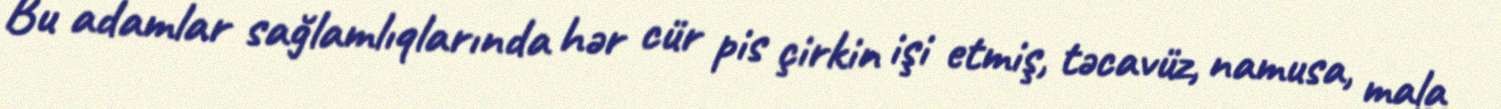
Bu adamlar sağlamlıqlarında hər cür pis çirkin işi etmiş, təcavüz, namusa, mala